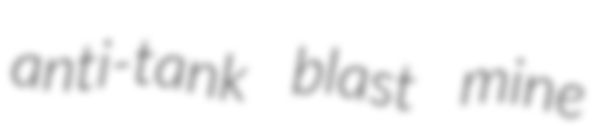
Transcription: anti-tank blast mine